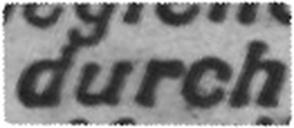
durch